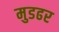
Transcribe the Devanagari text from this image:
मुडढर